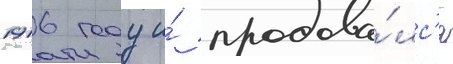
1916 году и́ продава́лс'я